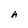
Character: h